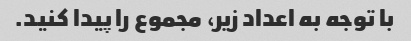
با توجه به اعداد زیر، مجموع را پیدا کنید.